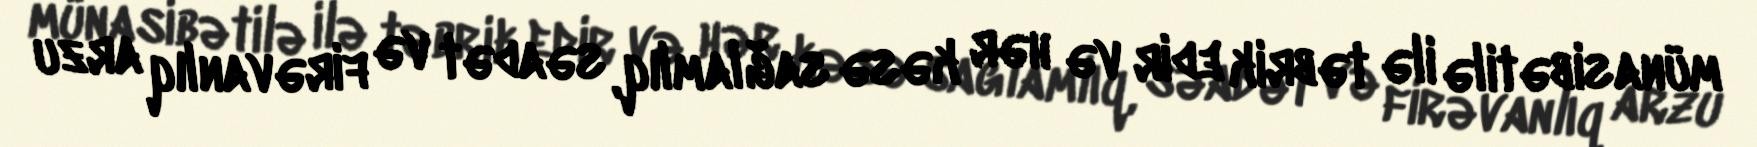
münasibətilə ilə təbrik edir və hər kəsə sağlamlıq, səadət və firəvanlıq arzu